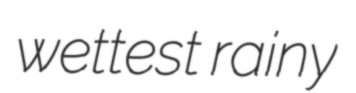
wettest rainy